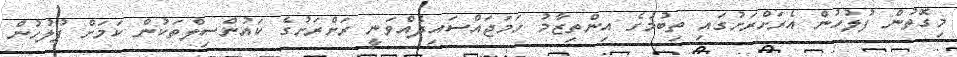
މިގޮތުން ފުލުހުން އެރަށްރަށުގައި ތިބުމުގެ އިންތިޒާމު ހަމަޖައްސައިދެއްވަނީ ރަށްރަށުގެ ކައުންސިލްތަކުން ކަމަށް ފުލުހުން